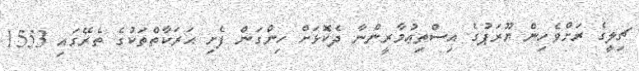
ޗިލީގެ ރަށްވެހިން ޔޫރަޕުގެ އިސްތިޢުމާރީންނާ ދެކޮޅަށް ހިންގަން ފެށި ޙަރަކާތްތަކުގެ ތެރޭގައި 1553